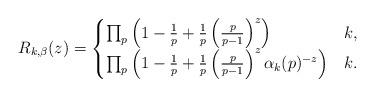
LaTeX: \begin{align*} R_{k, \beta}(z)=\begin{cases} \prod_{p}\left(1-\frac{1}{p}+\frac{1}{p}\left(\frac{p}{p-1}\right)^z \right)& k ,\\ \prod_{p}\left(1-\frac{1}{p}+\frac{1}{p}\left(\frac{p}{p-1}\right)^z \alpha_k(p)^{-z}\right)& k . \end{cases} \end{align*}